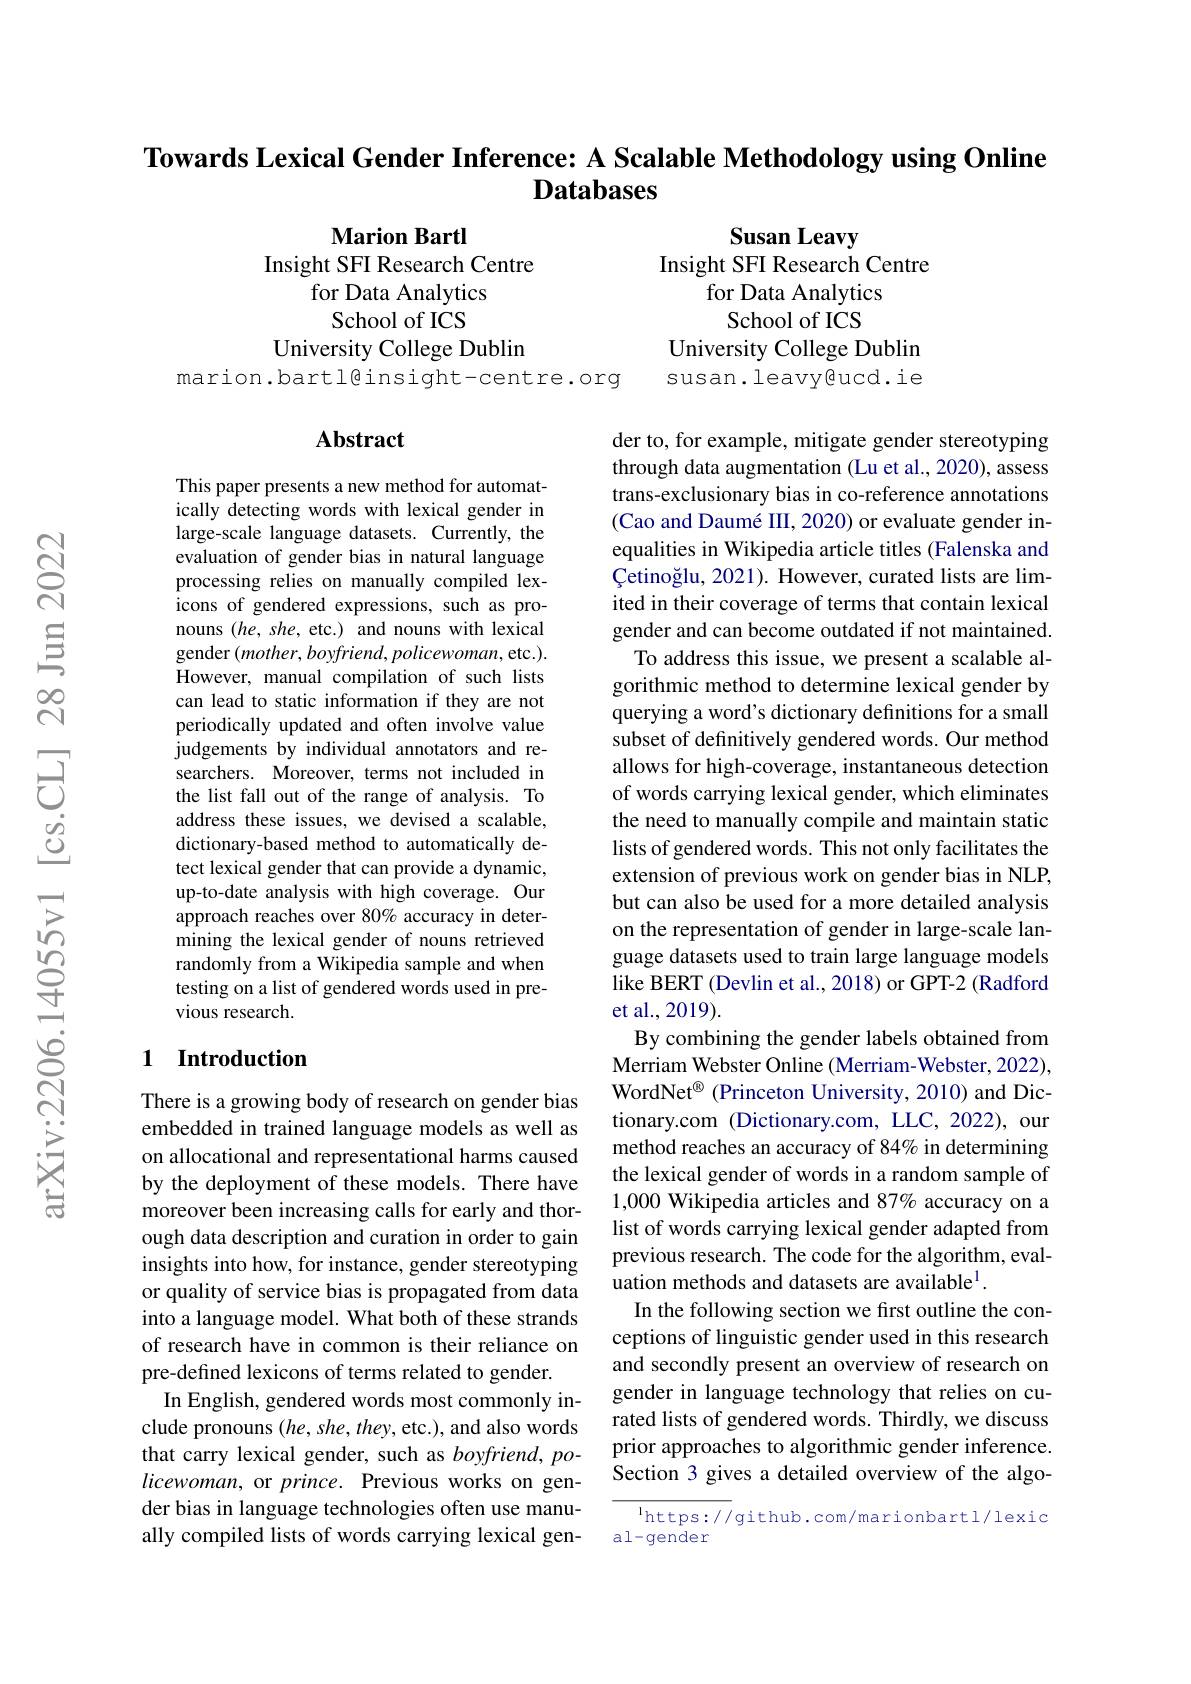
Towards Lexical Gender Inference: A Scalable Methodology using Online
## $\textbf{Databases}$

Marion Bartl
Insight SFI Research Centre
for Data Analytics School of ICS
University College Dublin
marion.bartl@insight-centre.org

Susan Leavy
Insight SFI Research Centre
for Data Analytics
School of ICS
University College Dublin susan.leavy@ucd.ie

### $\mathbf{Abstract}$

This paper presents a new method for automatically detecting words with lexical gender in large-scale language datasets. Currently, the evaluation of gender bias in natural language processing relies on manually compiled lexicons of gendered expressions, such as pronouns $(he,she$, etc.) and nouns with lexical gender $(mother,boyfriend,policewoman$,etc.). However, manual compilation of such lists can lead to static information if they are not periodically updated and often involve value judgements by individual annotators and researchers. Moreover, terms not included in the list fall out of the range of analysis. To address these issues, we devised a scalable, dictionary-based method to automatically detect lexical gender that can provide a dynamic, up-to-date analysis with high coverage. Our approach reaches over 80% accuracy in determining the lexical gender of nouns retrieved randomly from a Wikipedia sample and when testing on a list of gendered words used in previous research.

der to, for example, mitigate gender stereotyping through data augmentation (Lu et al., 2020), assess trans-exclusionary bias in co-reference annotations (Cao and Daumé III, 2020) or evaluate gender inequalities in Wikipedia article titles (Falenska and $\text{\c{C} etino\v {g}lu, 2021) . However, curatedlists are lim- }$ ited in their coverage of terms that contain lexical gender and can become outdated if not maintained.
To address this issue, we present a scalable algorithmic method to determine lexical gender by querying a word's dictionary definitions for a small subset of definitively gendered words. Our method allows for high-coverage, instantaneous detection of words carrying lexical gender, which eliminates the need to manually compile and maintain static lists of gendered words. This not only facilitates the extension of previous work on gender bias in NLP, but can also be used for a more detailed analysis on the representation of gender in large-scale language datasets used to train large language models like BERT (Devlin et al., 2018) or GPT-2 (Radford et al., 2019).
By combining the gender labels obtained from Merriam Webster Online (Merriam-Webster, 2022), WordNet$^{\textcircled{\mathrm{o}}}$ (Princeton University, 2010) and Dictionary.com (Dictionary.com, LLC, 2022), our method reaches an accuracy of 84% in determining the lexical gender of words in a random sample of 1,000 Wikipedia articles and 87% accuracy on a list of words carrying lexical gender adapted from previous research. The code for the algorithm, evaluation methods and datasets are available$^1.$
In the following section we first outline the conceptions of linguistic gender used in this research and secondly present an overview of research on gender in language technology that relies on curated lists of gendered words. Thirdly, we discuss prior approaches to algorithmic gender inference. Section 3 gives a detailed overview of the algo-
$^{1}$https://github.com/marionbartl/lexic

## 1 Introduction

There is a growing body of research on gender bias embedded in trained language models as well as on allocational and representational harms caused by the deployment of these models. There have moreover been increasing calls for early and thorough data description and curation in order to gain insights into how, for instance, gender stereotyping or quality of service bias is propagated from data into a language model. What both of these strands of research have in common is their reliance on pre-defined lexicons of terms related to gender.
In English, gendered words most commonly include pronouns (he, she, they, etc.), and also words that carry lexical gender, such as $boyfriend,po-$ $licewoman$, or prince. Previous works on gender bias in language technologies often use manually compiled lists of words carrying lexical gen-

al-gender